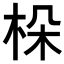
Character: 𣑫